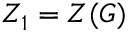
Z _ { 1 } = Z ( G )